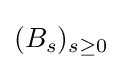
(B_{s})_{s\geq 0}